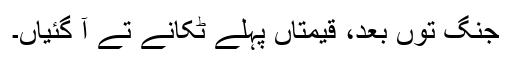
جنگ توں بعد، قیمتاں پہلے ٹکانے تے آ گئیاں۔